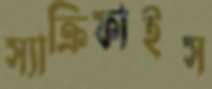
স্যাক্রিফাইস